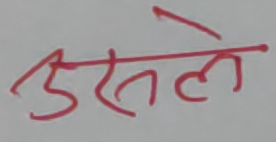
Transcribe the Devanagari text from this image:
उसले